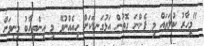
"މިހާރު ކުލަތައް މި ފެންނަ ގޮތުން އަޅުގަނޑަކަށް ހިއެއްނުވޭ މި އިންތިހާބު މިނިވަން